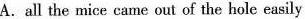
A.all the mice came out of the hole easily